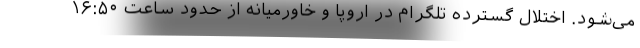
می‌شود. اختلال گسترده تلگرام در اروپا و خاورمیانه از حدود ساعت ۱۶:۵۰